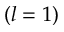
( l = 1 )